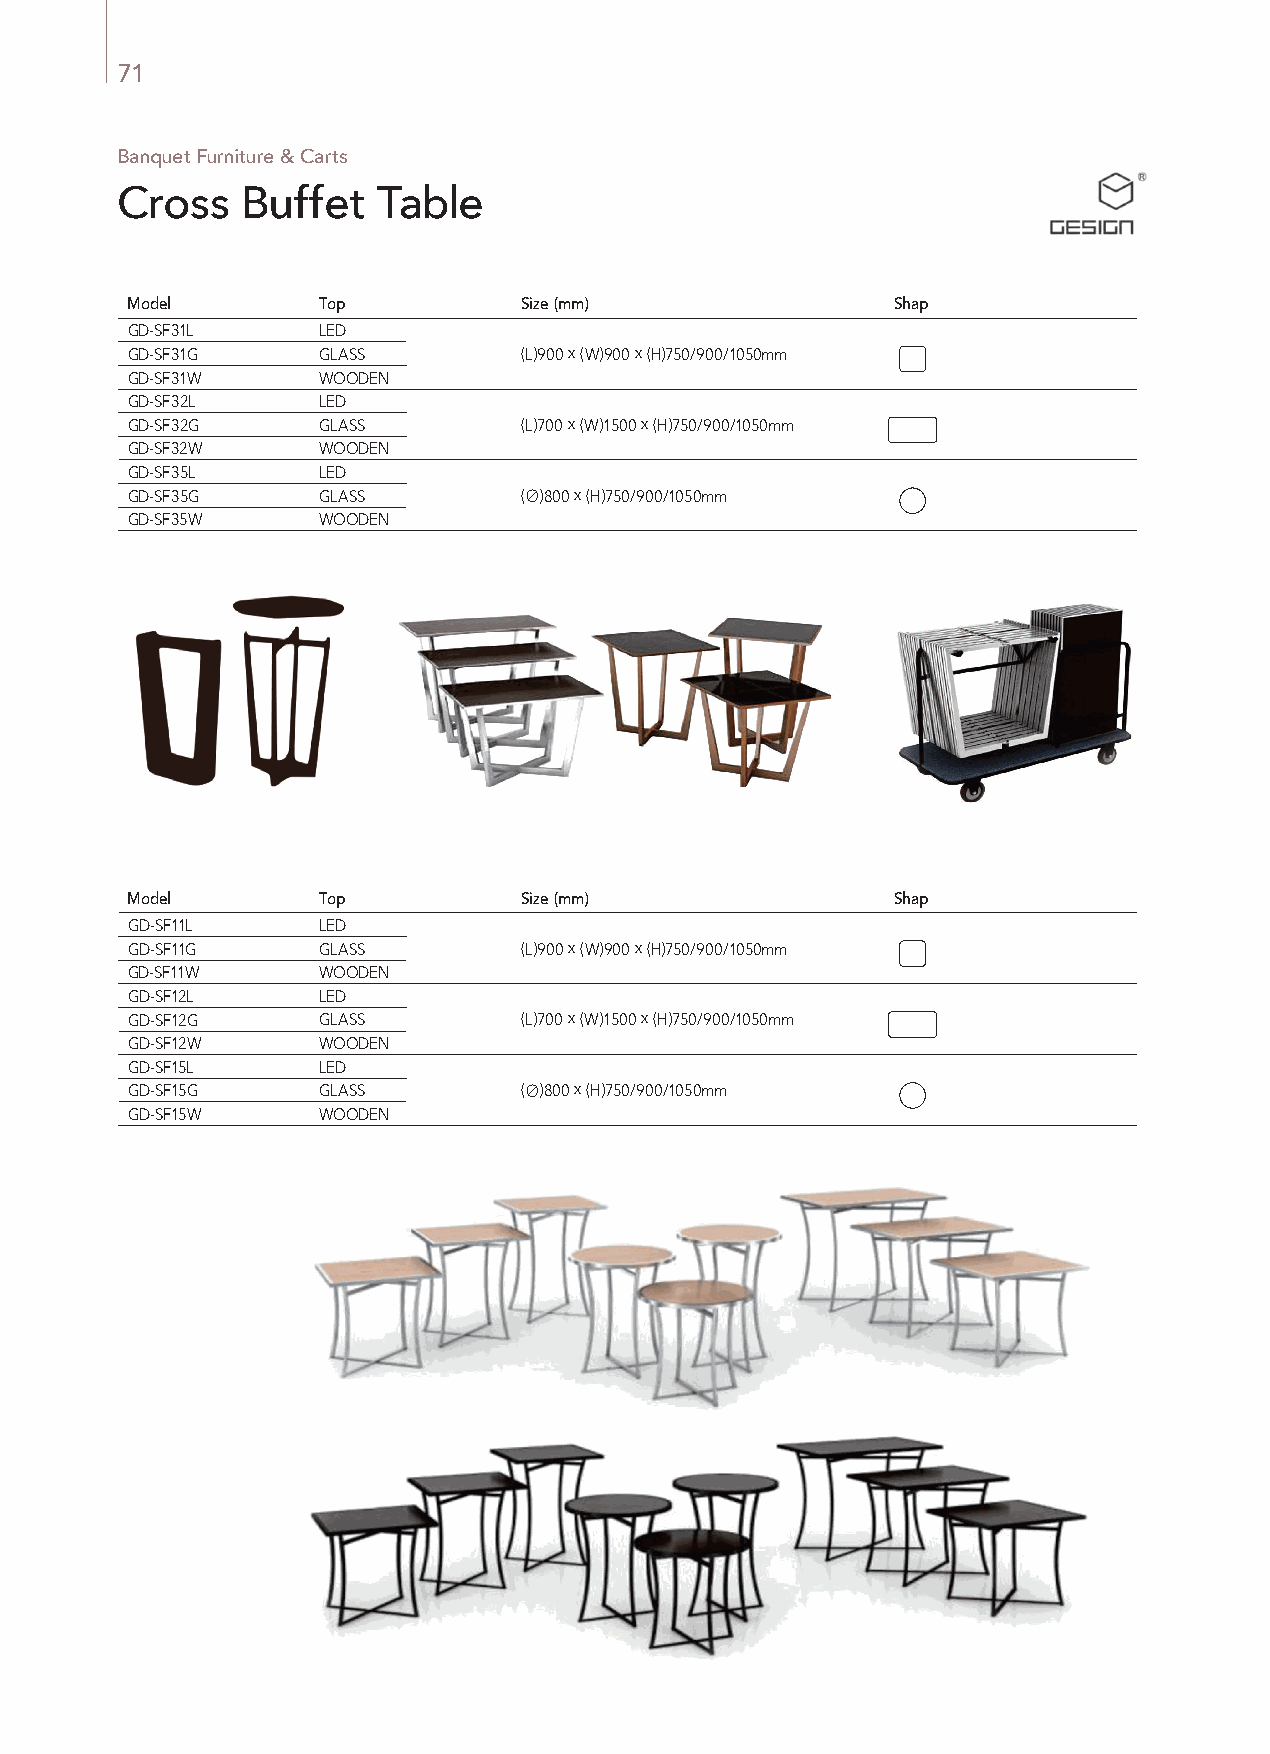
71
 Banquet Furniture & Carts
 Cross   Buffet   Table
 Model        Top          Size (mm)                Shap
 GD-SF31L     LED
 GD-SF31G     GLASS        (L)900 x (W)900 x (H)750/900/1050mm
 GD-SF31W     WOODEN
 GD-SF32L     LED
 GD-SF32G     GLASS        (L)700 x (W)1500 x (H)750/900/1050mm
 GD-SF32W     WOODEN
 GD-SF35L     LED
 GD-SF35G     GLASS        (∅)800 x (H)750/900/1050mm
 GD-SF35W     WOODEN
 Model        Top          Size (mm)                Shap
 GD-SF11L     LED
 GD-SF11G     GLASS        (L)900 x (W)900 x (H)750/900/1050mm
 GD-SF11W     WOODEN
 GD-SF12L     LED
 GD-SF12G     GLASS        (L)700 x (W)1500 x (H)750/900/1050mm
 GD-SF12W     WOODEN
 GD-SF15L     LED
 GD-SF15G     GLASS        (∅)800 x (H)750/900/1050mm
 GD-SF15W     WOODEN